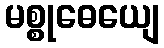
မစ္စုဓေယျေ